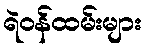
ရဲဝန်ထမ်းများ